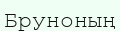
Бруноның